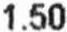
1.50